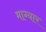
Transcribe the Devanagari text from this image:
माग्यार